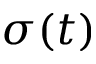
\sigma ( t )